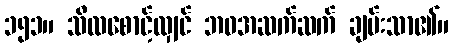
၁၅၁။ သီလစောင့်လျှင် ဘဝအဆက်ဆက် ချမ်းသာ၏။